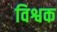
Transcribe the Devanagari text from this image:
विश्वक